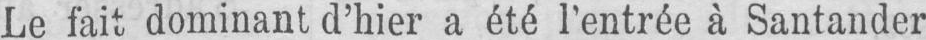
Le fait dominant d’hier a été l’entrée à Santander